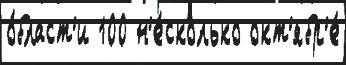
о́бласт'и 100 н'е́сколько окт'ябр'е́